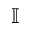
\mathbb { I }